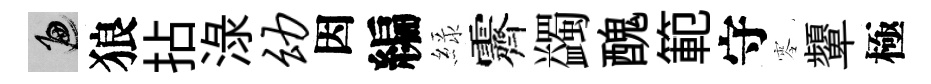
遍狼拈渌幼因編緑霽蠲醜範守零顰極